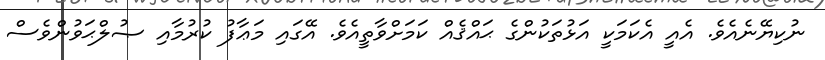
ނުކިޔޭނެއެވެ. އެއީ އެކަމަކީ އަޅުތަކުންގެ ޙައްޤެއް ކަމަށްވާތީއެވެ. އޭގައި މަޢާފު ކުރުމާއި ޞުލްޙަވުންވެސް